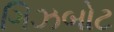
ગિઝબોટ